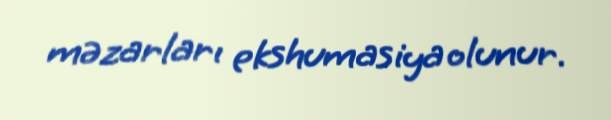
məzarları ekshumasiya olunur.